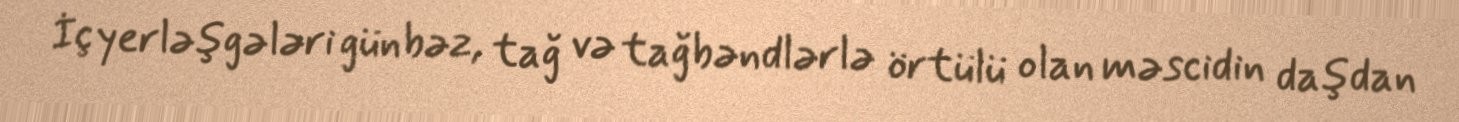
İç yerləşgələri günbəz, tağ və tağbəndlərlə örtülü olan məscidin daşdan